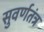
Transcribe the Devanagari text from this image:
सुवर्णतंत्र